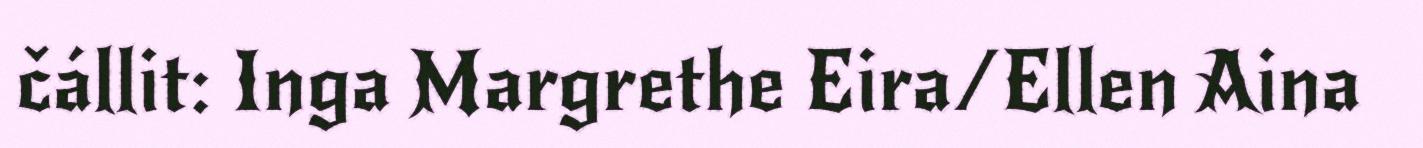
čállit: Inga Margrethe Eira/Ellen Aina